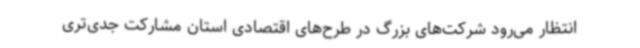
انتظار می‌رود شرکت‌های بزرگ در طرح‌های اقتصادی استان مشارکت جدی‌تری